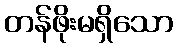
တန်ဖိုးမရှိသော